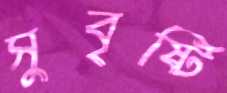
সুবৃষ্টি